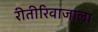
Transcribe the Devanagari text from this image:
रीतीरिवाजाला